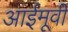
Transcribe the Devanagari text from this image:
आईमूवी